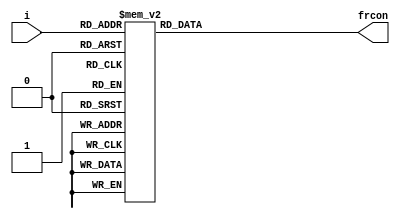
/////////////////////////////////////////////////////////////////////
////                                                             ////
////  AES RCON Block                                             ////
////                                                             ////
////                                                             ////
////          rudi@asics.ws                                      ////
////                                                             ////
////                                                             ////
////  Downloaded from: http://www.opencores.org/cores/aes_core/  ////
////                                                             ////
/////////////////////////////////////////////////////////////////////
////                                                             ////
//// Copyright (C) 2000-2002 Rudolf Usselmann                    ////
////                         www.asics.ws                        ////
////                         rudi@asics.ws                       ////
////                                                             ////
//// This source file may be used and distributed without        ////
//// restriction provided that this copyright statement is not   ////
//// removed from the file and that any derivative work contains ////
//// the original copyright notice and the associated disclaimer.////
////                                                             ////
////     THIS SOFTWARE IS PROVIDED ``AS IS'' AND WITHOUT ANY     ////
//// EXPRESS OR IMPLIED WARRANTIES, INCLUDING, BUT NOT LIMITED   ////
//// TO, THE IMPLIED WARRANTIES OF MERCHANTABILITY AND FITNESS   ////
//// FOR A PARTICULAR PURPOSE. IN NO EVENT SHALL THE AUTHOR      ////
//// OR CONTRIBUTORS BE LIABLE FOR ANY DIRECT, INDIRECT,         ////
//// INCIDENTAL, SPECIAL, EXEMPLARY, OR CONSEQUENTIAL DAMAGES    ////
//// (INCLUDING, BUT NOT LIMITED TO, PROCUREMENT OF SUBSTITUTE   ////
//// GOODS OR SERVICES; LOSS OF USE, DATA, OR PROFITS; OR        ////
//// BUSINESS INTERRUPTION) HOWEVER CAUSED AND ON ANY THEORY OF  ////
//// LIABILITY, WHETHER IN  CONTRACT, STRICT LIABILITY, OR TORT  ////
//// (INCLUDING NEGLIGENCE OR OTHERWISE) ARISING IN ANY WAY OUT  ////
//// OF THE USE OF THIS SOFTWARE, EVEN IF ADVISED OF THE         ////
//// POSSIBILITY OF SUCH DAMAGE.                                 ////
////                                                             ////
/////////////////////////////////////////////////////////////////////

//  CVS Log
//
//  $Id: aes_rcon.v,v 1.1.1.1 2002-11-09 11:22:38 rudi Exp $
//
//  $Date: 2002-11-09 11:22:38 $
//  $Revision: 1.1.1.1 $
//  $Author: rudi $
//  $Locker:  $
//  $State: Exp $
//
// Change History:
//               $Log: not supported by cvs2svn $
//
//
//
//
// Refactored April 2019 for Cascade compatibility by Tiffany Yang

module aes_frcon(i, frcon);
  input	wire [3:0]	i;
  output reg [31:0]	frcon;

  always @(i) begin    
    case(i)	// synopsys parallel_case
      4'h0: frcon=32'h01_00_00_00;
      4'h1: frcon=32'h02_00_00_00;
      4'h2: frcon=32'h04_00_00_00;
      4'h3: frcon=32'h08_00_00_00;
      4'h4: frcon=32'h10_00_00_00;
      4'h5: frcon=32'h20_00_00_00;
      4'h6: frcon=32'h40_00_00_00;
      4'h7: frcon=32'h80_00_00_00;
      4'h8: frcon=32'h1b_00_00_00;
      4'h9: frcon=32'h36_00_00_00;
      default: frcon=32'h00_00_00_00;
    endcase // case (i)
  end
endmodule


module aes_rcon(clk, kld, out);
  input	wire	clk;
  input	wire	kld;
  output reg	[31:0]	out;

  reg	[3:0]	rcnt;
  wire	[3:0]	rcnt_next;

  always @(posedge clk) begin
	  if(kld)		out <= 32'h01_00_00_00;  // #1 means delay by 1 unit
	  else begin
      case(rcnt_next)	// synopsys parallel_case
        4'h0: out<=32'h01_00_00_00;
        4'h1: out<=32'h02_00_00_00;
        4'h2: out<=32'h04_00_00_00;
        4'h3: out<=32'h08_00_00_00;
        4'h4: out<=32'h10_00_00_00;
        4'h5: out<=32'h20_00_00_00;
        4'h6: out<=32'h40_00_00_00;
        4'h7: out<=32'h80_00_00_00;
        4'h8: out<=32'h1b_00_00_00;
        4'h9: out<=32'h36_00_00_00;
        default: out<=32'h00_00_00_00;
      endcase // case (rcnt_next)
    end
  end   

  assign rcnt_next = rcnt + 4'h1;

  always @(posedge clk)
	  if(kld)		rcnt <= 4'h0;
	  else		rcnt <= rcnt_next;

endmodule